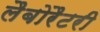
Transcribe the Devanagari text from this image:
लैबोरैटरी